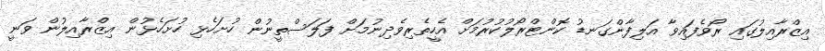
އިޒްރާއިލުގައި ރޯވެފައިވާ އަލިފާންގަނޑު ކޮންޓްރޯލުކުރުމަށް އެހީތެރިވެދިނުމަށް ފަލަސްތީނުން ހުށަހެޅި ހުށަހެޅުން އިޒްރާއިލުން ވަނީ